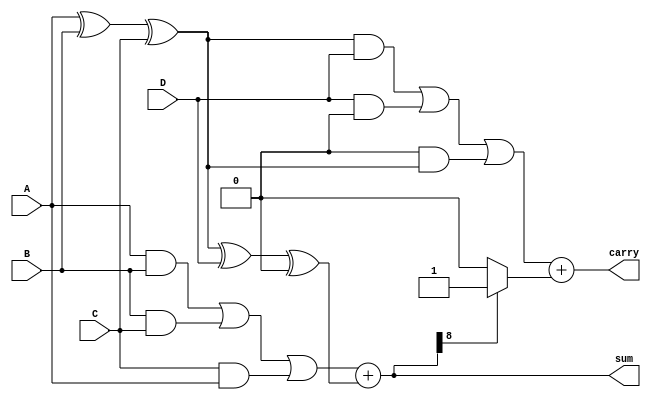
module carry_save_adder_tree #(
    parameter WIDTH = 8 // Width of the input binary numbers
)(
    input  wire [WIDTH-1:0] A, // First input
    input  wire [WIDTH-1:0] B, // Second input
    input  wire [WIDTH-1:0] C, // Third input
    input  wire [WIDTH-1:0] D, // Fourth input
    output wire [WIDTH:0] sum,  // Final sum output
    output wire [WIDTH:0] carry  // Final carry output
);

// Carry Save Adder Cell
function [WIDTH-1:0] CSA_cell;
    input [WIDTH-1:0] x; // First input
    input [WIDTH-1:0] y; // Second input
    input [WIDTH-1:0] z; // Third input
    begin
        CSA_cell = x ^ y ^ z; // Sum output
    end
endfunction

function [WIDTH-1:0] Carry_output;
    input [WIDTH-1:0] x; // First input
    input [WIDTH-1:0] y; // Second input
    input [WIDTH-1:0] z; // Third input
    begin
        Carry_output = (x & y) | (y & z) | (z & x); // Carry output
    end
endfunction

// Intermediate signals for CSA tree
wire [WIDTH-1:0] S1, S2; // Sum outputs from CSA cells
wire [WIDTH-1:0] C1, C2; // Carry outputs from CSA cells

// First level of CSA tree
assign S1 = CSA_cell(A, B, C);
assign C1 = Carry_output(A, B, C);
assign S2 = CSA_cell(S1, D, 0); // Adding the fourth input with the sum
assign C2 = Carry_output(S1, D, 0); // Carry output from adding fourth input

// Final stage: Combine the last sum and carry outputs
wire [WIDTH:0] final_sum;
wire [WIDTH:0] final_carry;

// Ripple Carry Adder for final addition
assign final_sum = {1'b0, C1} + {1'b0, S2}; // Add carry from first level with sum from second level
assign final_carry = C2 + (final_sum[WIDTH] ? 1'b1 : 1'b0); // Handle overflow carry

// Final outputs
assign sum = final_sum;
assign carry = final_carry;

endmodule